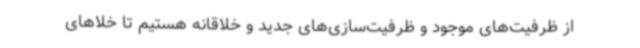
از ظرفیت‌های موجود و ظرفیت‌سازی‌های جدید و خلاقانه هستیم تا خلاهای